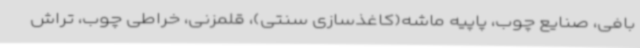
بافی، صنایع چوب، پاپیه ماشه(کاغذسازی سنتی)، قلمزنی، خراطی چوب، تراش